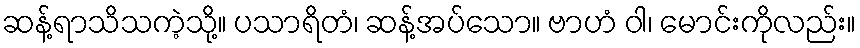
ဆန့်ရာသိသကဲ့သို့။ ပသာရိတံ၊ ဆန့်အပ်သော။ ဗာဟံ ဝါ၊ မောင်းကိုလည်း။